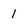
Character: 1